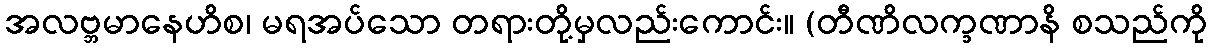
အလဗ္ဘမာနေဟိစ၊ မရအပ်သော တရားတို့မှလည်းကောင်း။ (တီဏိလက္ခဏာနိ စသည်ကို